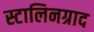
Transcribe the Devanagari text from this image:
स्टालिनग्राद